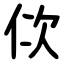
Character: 佽